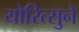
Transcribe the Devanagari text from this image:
योरित्सुने